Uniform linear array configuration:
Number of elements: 24
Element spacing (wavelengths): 0.5
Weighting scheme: exponential
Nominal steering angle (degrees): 45
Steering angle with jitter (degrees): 46.657
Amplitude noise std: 0.05
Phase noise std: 0.05

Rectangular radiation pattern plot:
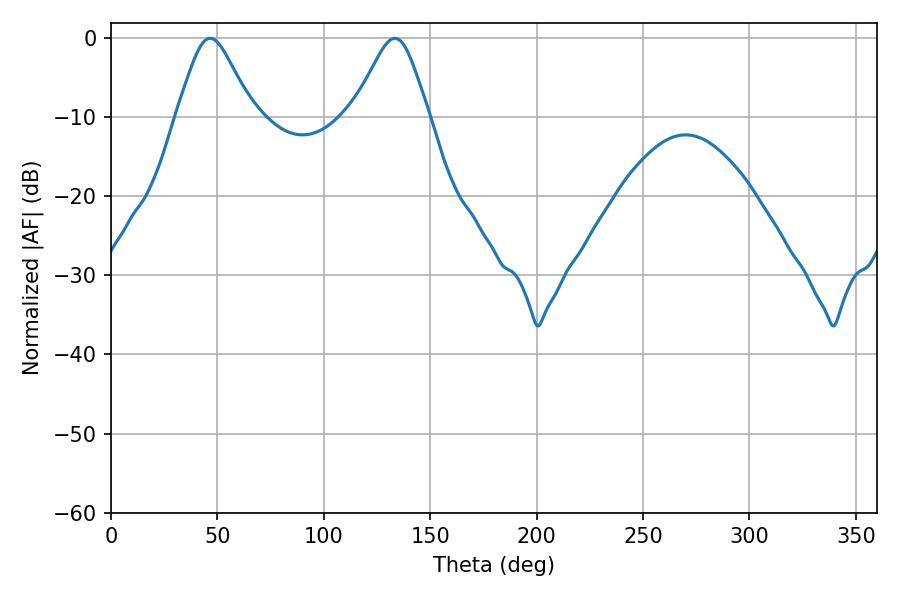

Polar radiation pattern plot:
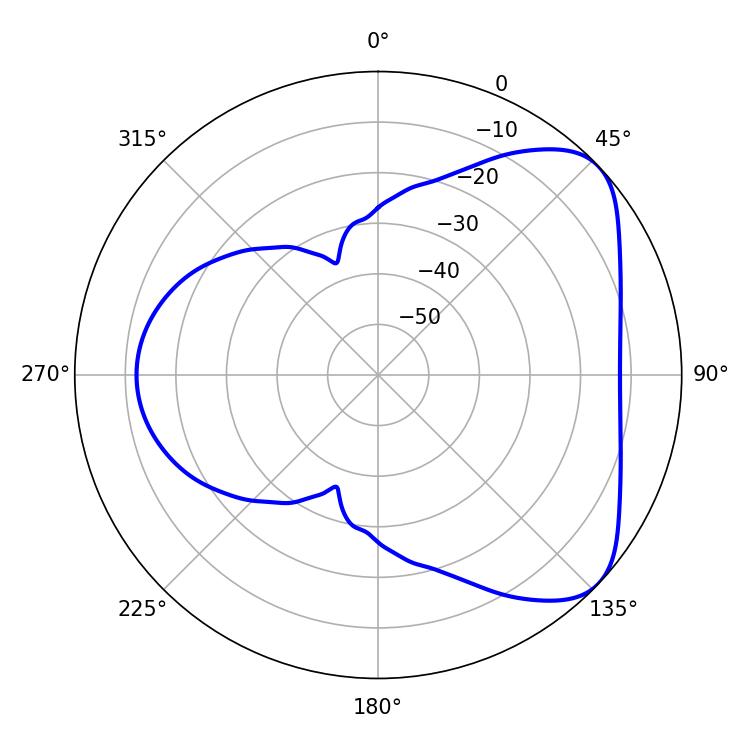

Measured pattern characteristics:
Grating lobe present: FALSE
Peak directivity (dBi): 5.783
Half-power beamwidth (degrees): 17.1
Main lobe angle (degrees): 46.62